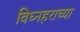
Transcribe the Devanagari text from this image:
विघ्नहराच्या